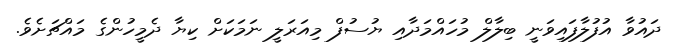
ދައުވާ އުފުލާފައިވަނީ ބިލާލް މުހައްމަދާއި ޔުސުފް މިއަރަލީ ނަމަކަށް ކިޔާ ދެމީހުންގެ މައްޗަށެވެ.